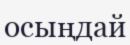
осыңдай